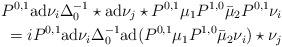
LaTeX: \begin{align*} P^{0,1}{\rm ad}\nu_i\Delta^{-1}_0\star{\rm ad}\nu_j\star P^{0,1}\mu_1P^{1,0}\bar\mu_2P^{0,1}\nu_i\\=i P^{0,1}{\rm ad}\nu_i\Delta^{-1}_0{\rm ad}(P^{0,1}\mu_1P^{1,0}\bar\mu_2\nu_i)\star \nu_j\end{align*}